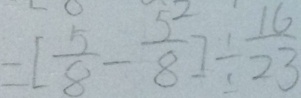
= [ \frac { 5 } { 8 } - \frac { 5 } { 8 } ] \div \frac { 1 6 } { 2 3 }